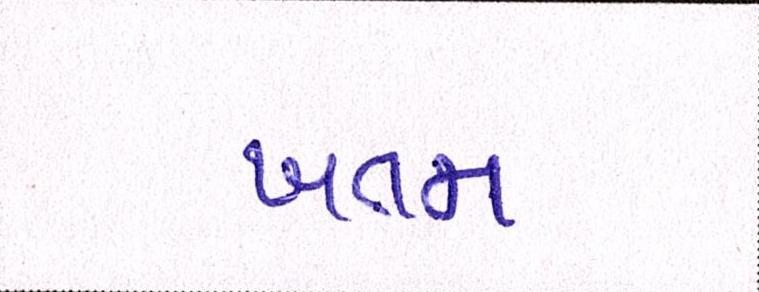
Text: ખતમ